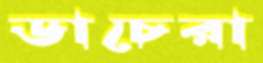
ডাচেরা